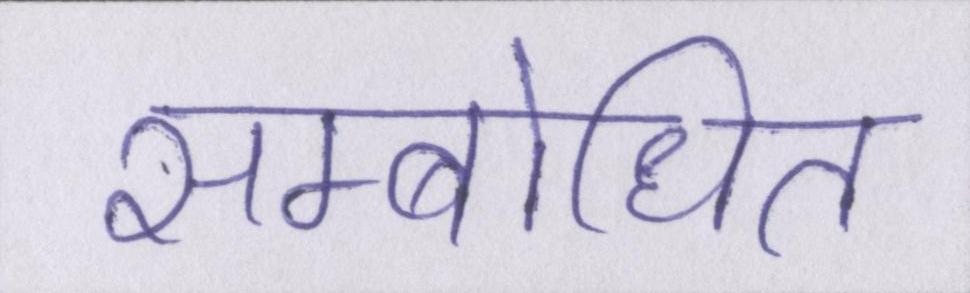
सम्बोधित